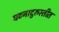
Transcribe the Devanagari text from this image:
घटनादुरुस्तीत